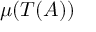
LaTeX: \mu ( T ( A ) )